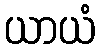
ယာယံ